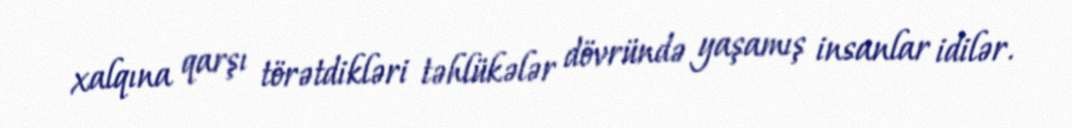
xalqına qarşı törətdikləri təhlükələr dövründə yaşamış insanlar idilər.